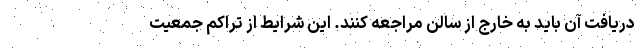
دریافت آن باید به خارج از سالن مراجعه کنند. این شرایط از تراکم جمعیت